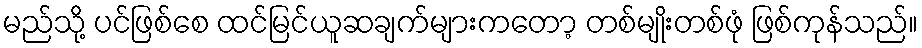
မည်သို့ ပင်ဖြစ်စေ ထင်မြင်ယူဆချက်များကတော့ တစ်မျိုးတစ်ဖုံ ဖြစ်ကုန်သည်။